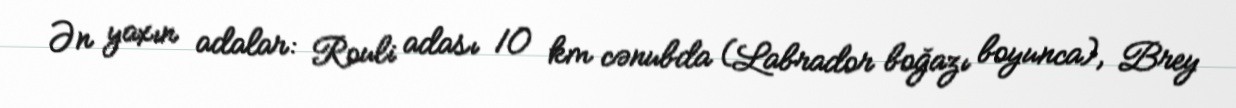
Ən yaxın adalar: Rouli adası 10 km cənubda (Labrador boğazı boyunca), Brey